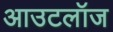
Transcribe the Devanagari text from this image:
आउटलॉज